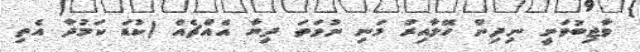
ވާޖިބުވަނީ ނިދިން ހޭލާއިރު މަނި ނުވަތަ ދިޔާ އެއްޗެއް (ކުޑަ ކަމުދާ އެތި